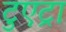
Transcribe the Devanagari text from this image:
टुएट्रा